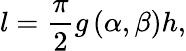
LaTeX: l=\frac{\pi}{2}g\left(\alpha,\beta\right)h,